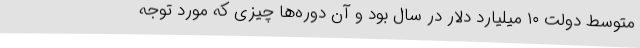
متوسط دولت ۱۰ میلیارد دلار در سال بود و آن دوره‌ها چیزی که مورد توجه